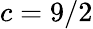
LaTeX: c=9/2